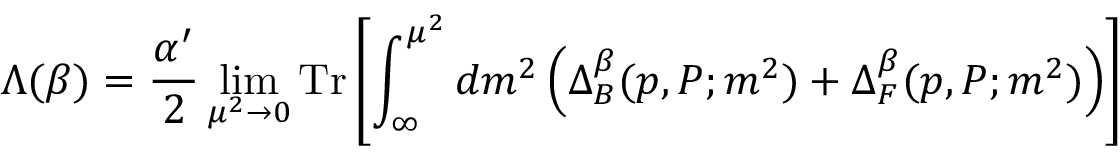
\Lambda ( \beta ) = \frac { \alpha ^ { \prime } } { 2 } \operatorname * { l i m } _ { \mu ^ { 2 } \rightarrow 0 } \mathrm { T r } \left[ \int _ { \infty } ^ { \mu ^ { 2 } } d m ^ { 2 } \left( \Delta _ { B } ^ { \beta } ( p , P ; m ^ { 2 } ) + \Delta _ { F } ^ { \beta } ( p , P ; m ^ { 2 } ) \right) \right]